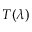
T ( \lambda )